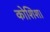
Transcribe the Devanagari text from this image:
कोशिश।